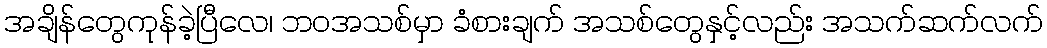
အချိန်တွေကုန်ခဲ့ပြီလေ၊ ဘဝအသစ်မှာ ခံစားချက် အသစ်တွေနှင့်လည်း အသက်ဆက်လက်